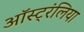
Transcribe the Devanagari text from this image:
ऑस्ट्रंलिया